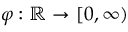
\varphi : \mathbb { R } \to [ 0 , \infty )